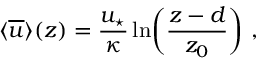
\langle \overline { { u } } \rangle ( z ) = \frac { u _ { \star } } { \kappa } \ln \biggl ( \frac { z - d } { z _ { 0 } } \biggl ) \ ,